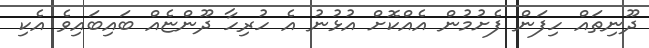
ދޫނިތައް ހިފަން ފެށުމުން އެއްކޮށް އުޅުނު އެ ހުރިހާ ދޫންޏެއް ބައިބައިވެ އެކި